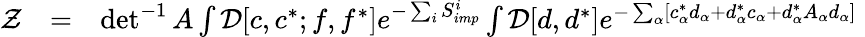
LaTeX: \begin{array}{rlr}{{\cal Z}}&{=}&{\operatorname*{det}^{-1}A\int{\cal D}[c,c^{*};f,f^{*}]e^{-\sum_{i}S_{imp}^{i}}\int{\cal D}[d,d^{*}]e^{-\sum_{\alpha}[c_{\alpha}^{*}d_{\alpha}+d_{\alpha}^{*}c_{\alpha}+d_{\alpha}^{*}A_{\alpha}d_{\alpha}]}\phantom{.}}\end{array}